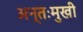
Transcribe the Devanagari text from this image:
अन्तःमुखी